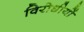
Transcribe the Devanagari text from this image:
विरोधीयों